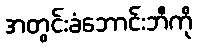
အတွင်းခံဘောင်းဘီကို